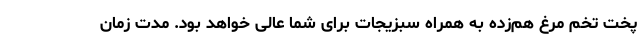
پخت تخم مرغ هم‌زده به همراه سبزیجات برای شما عالی خواهد بود. مدت زمان